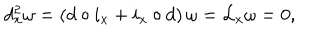
d _ { x } ^ { 2 } \omega = \left( d \circ i _ { x } + i _ { x } \circ d \right) \omega = { \cal L } _ { x } \omega = 0 ,